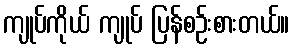
ကျုပ်ကိုယ် ကျုပ် ပြန်စဉ်းစားတယ်။